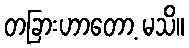
တခြားဟာတော့ မသိ။